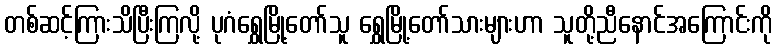
တစ်ဆင့်ကြားသိပြီးကြလို့ ပုဂံရွှေမြို့တော်သူ ရွှေမြို့တော်သားများဟာ သူတို့ညီနောင်အကြောင်းကို